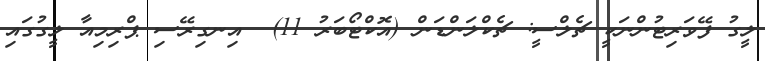
ލީގު ފޭވަރިޓުންނަކީ ޗެލްސީ: ޗެކްލަންޑަން (އޮކްޓޯބަރު 11)  އިނގިރޭސި ޕްރިމިއާ ލީގުގައި